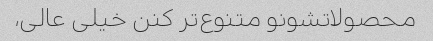
محصولاتشونو متنوع‌تر کنن خیلی عالی،